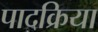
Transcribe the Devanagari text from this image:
पादक्रिया